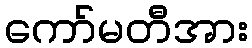
ကော်မတီအား